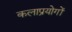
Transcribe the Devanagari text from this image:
कलाप्रयोगों